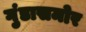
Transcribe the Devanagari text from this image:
गुंडासमोर